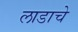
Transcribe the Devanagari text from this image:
लाडाचे